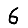
Digit: 6